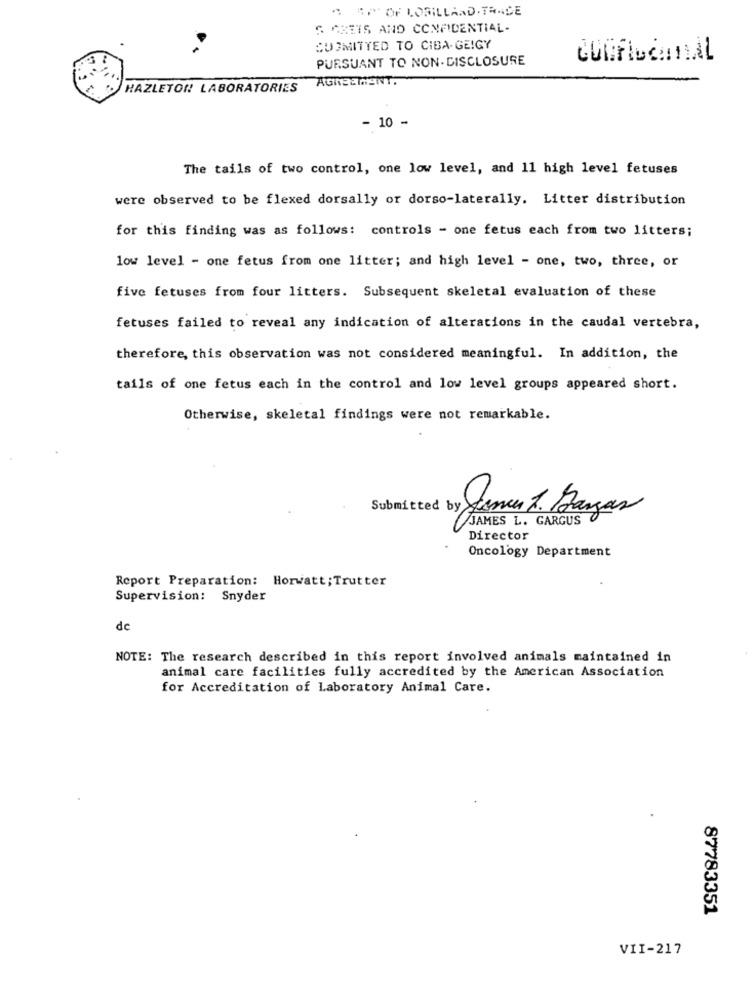
AROF LORILLARD.TRACE
S ARETS AND CONFIDENTIAL-
CUIMITTED TO CIBA-GEIGY
-
PURSUANT TO NON- DISCLOSURE
HAZLETON! LABORATORIES
AGREEMENT
- 10 -
The tails of two control, one low level, and 11 high level fetuses
were observed to be flexed dorsally or dorso-laterally. Litter distribution
for this finding was as follows: controls - one fetus each from two litters;
low level - one fetus from one litter; and high level - one, two, three, or
five fetuses from four litters. Subsequent skeletal evaluation of these
fetuses failed to reveal any indication of alterations in the caudal vertebra,
therefore, this observation was not considered meaningful. In addition, the
tails of one fetus each in the control and low level groups appeared short.
Otherwise, skeletal findings were not remarkable.
Submitted by Je
Jonen 1. Bargas
JAMES L. GARGUS
Director
Oncology Department
Report Preparation: Horwatt; Trutter
Supervision: Snyder
dc
NOTE: The research described in this report involved animals maintained in
animal care facilities fully accredited by the American Association
for Accreditation of Laboratory Animal Care.
87783351
VII-217